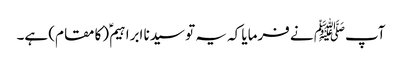
آپﷺ نے فرمایا کہ یہ تو سیدنا ابراہیمؑ (کا مقام) ہے۔